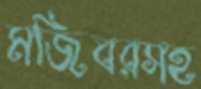
মজিবরসহ